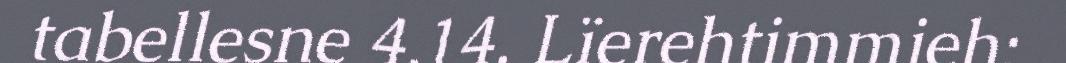
tabellesne 4.14. Lïerehtimmieh: